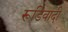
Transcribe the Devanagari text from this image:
रूडिवादी